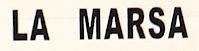
la